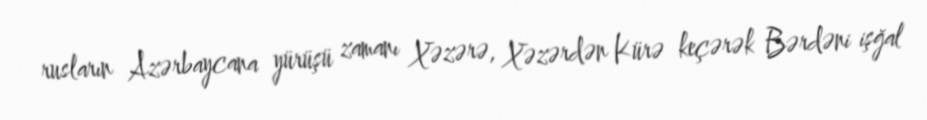
rusların Azərbaycana yürüşü zamanı Xəzərə, Xəzərdən Kürə keçərək Bərdəni işğal